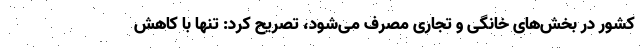
کشور در بخش‌های خانگی و تجاری مصرف می‌شود، تصریح کرد: تنها با کاهش